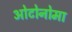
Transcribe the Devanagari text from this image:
ओटोनोमा